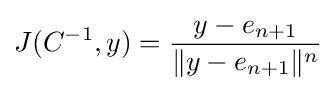
J(C^{-1},y)={\frac {y-e_{n+1}}{\|y-e_{n+1}\|^{n}}}